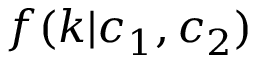
f ( k | c _ { 1 } , c _ { 2 } )